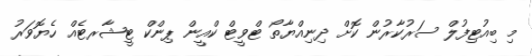
މި ބިއުޓިފުލް ސަރުކާރުން ކޮށް ދިނިއްޔާތޯ ޓްވީޓް ކްއީން ޕިންކް ޓީޝާރޓެއް ހެޔޮވަރު